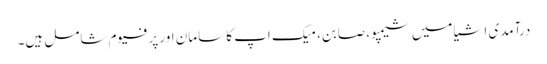
درآمدی اشیا میں شیمپو، صابن، میک اپ کا سامان اور پرفیوم شامل ہیں۔